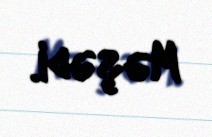
Məşədi.